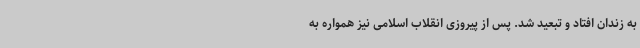
به زندان افتاد و تبعید شد. پس از پیروزی انقلاب اسلامی نیز همواره به